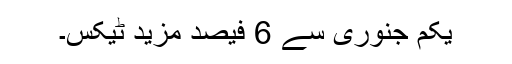
یکم جنوری سے 6 فیصد مزید ٹیکس۔